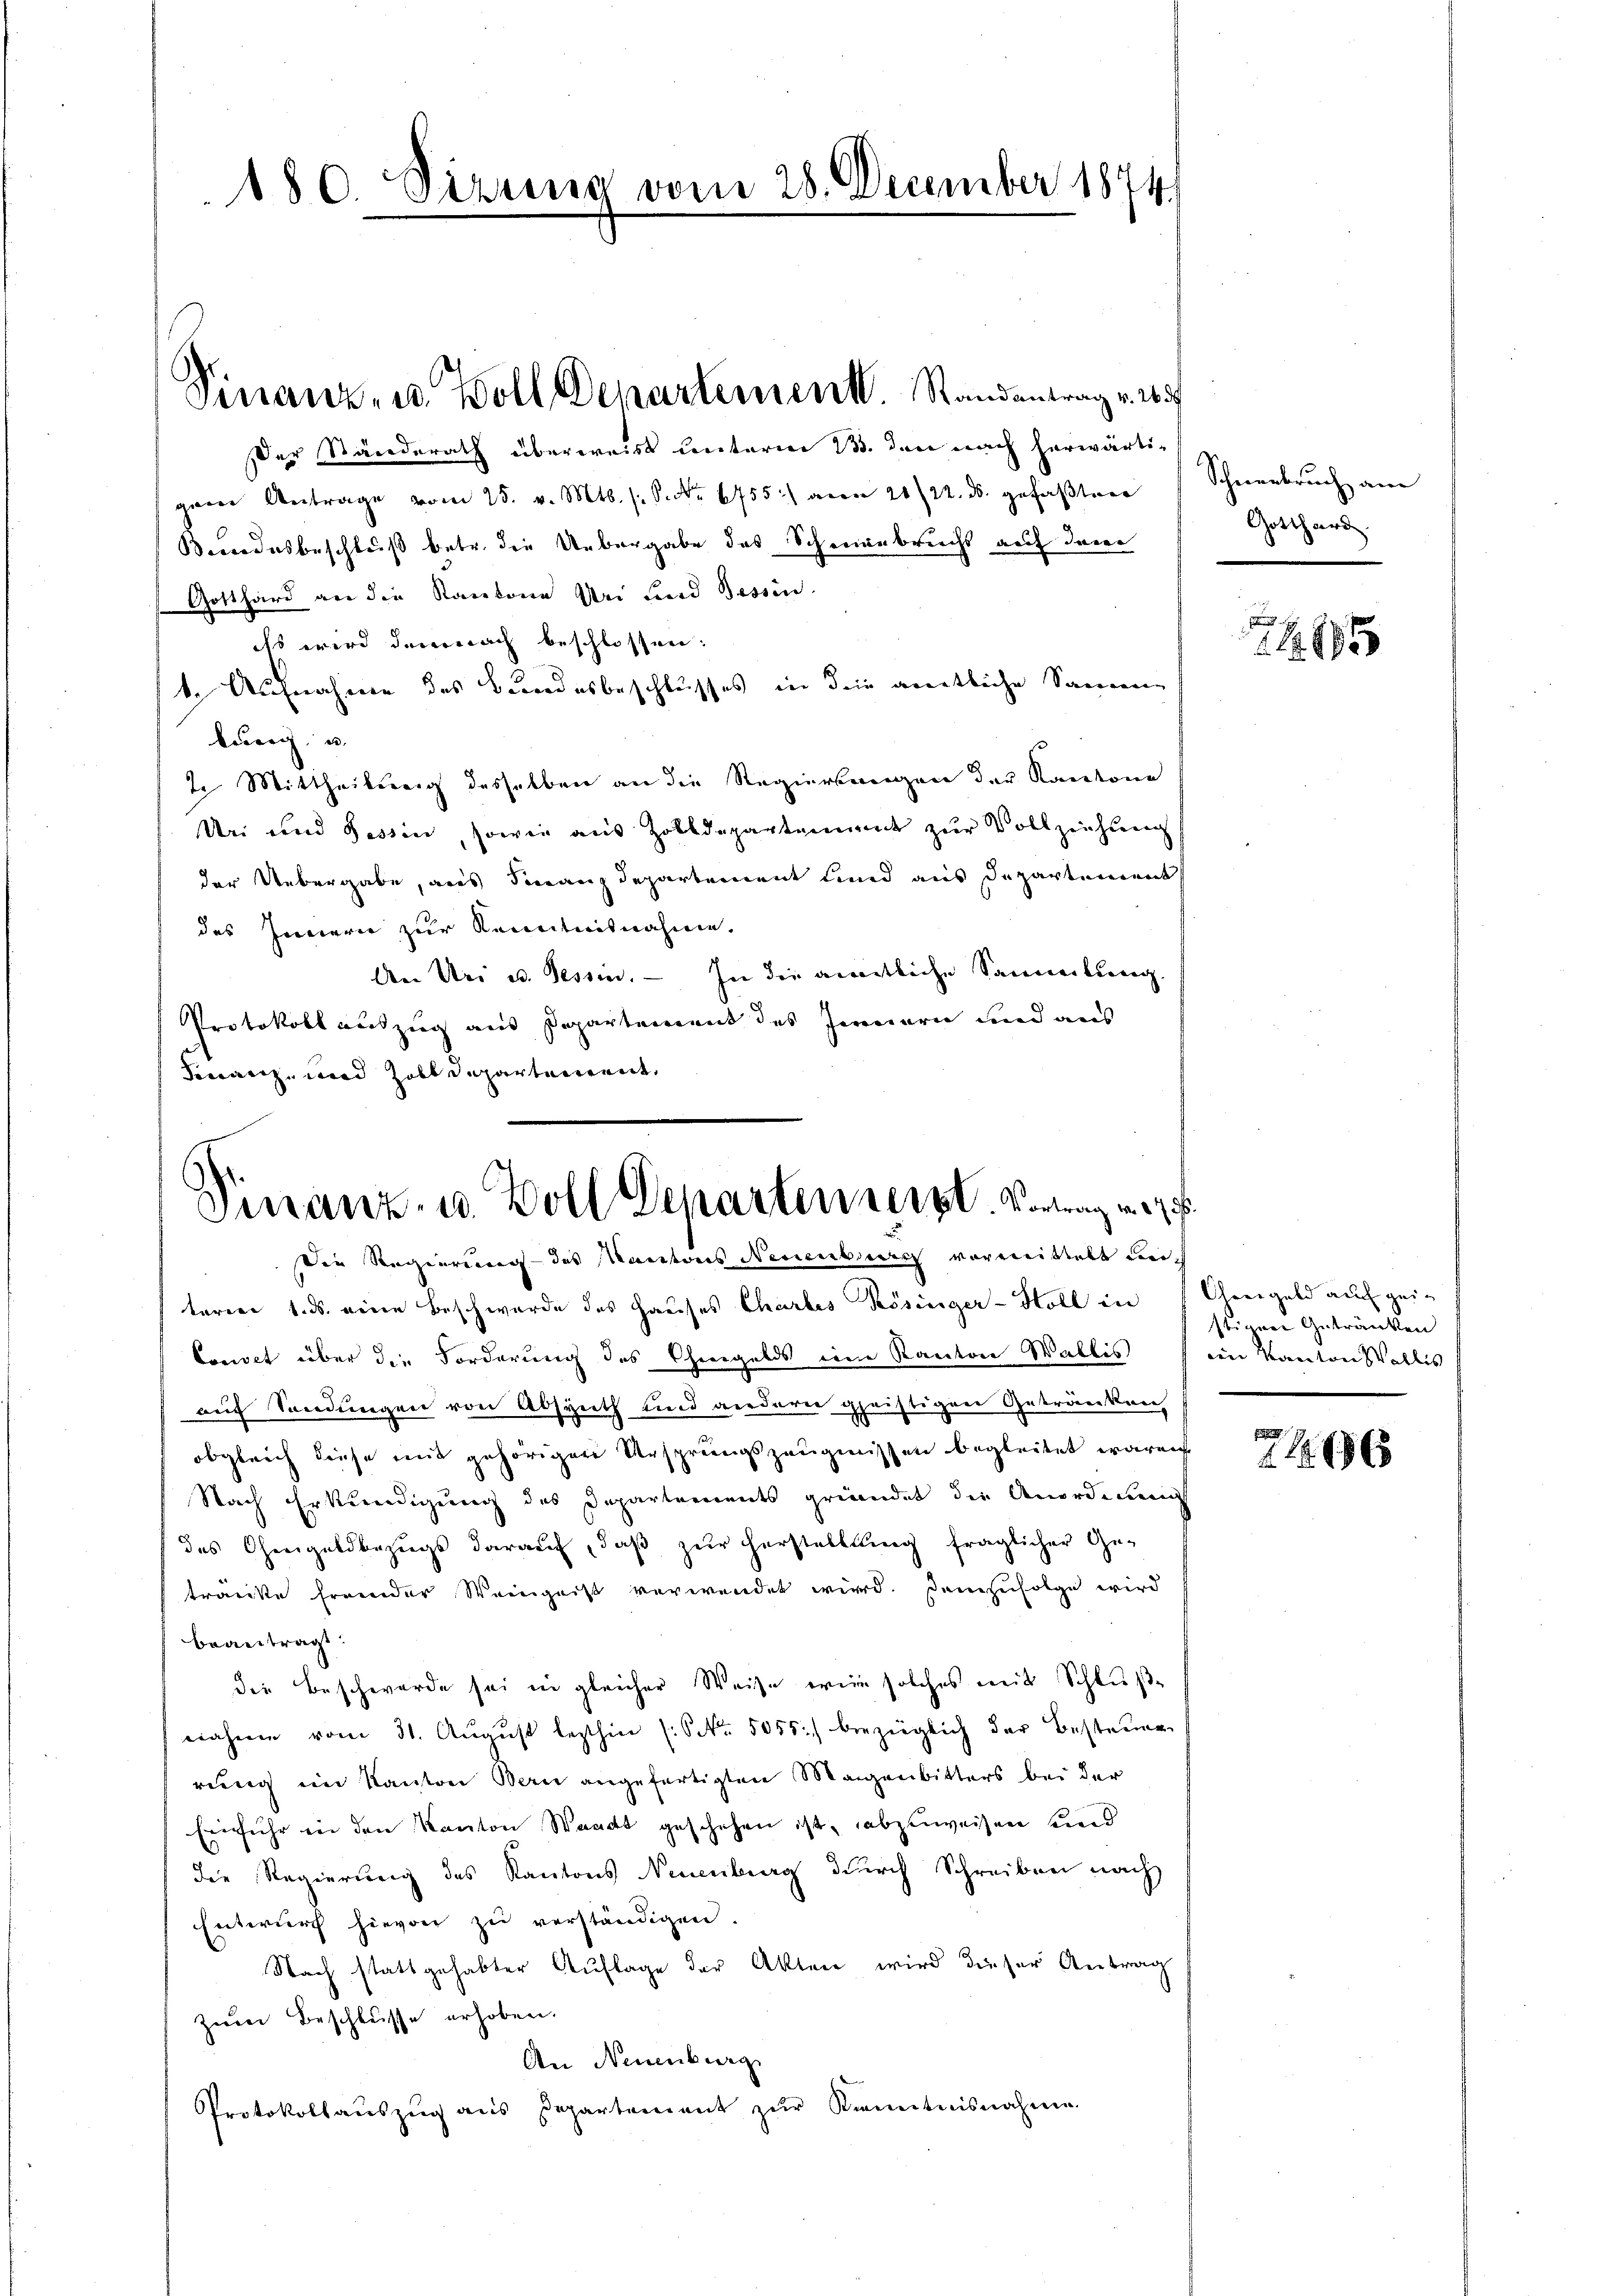
180. Sizung vom 28. December 1874.

Finanz- u. Boll Departement. Randantrag v. 265

Der Standerath überweiss unterm 13. den nach herwärtigem Antrage vom 25. v. Mts. s. S. 6755) an 21/22. ds. gefaβtner Schneebrŭch an
Brodesbeschluß betr. die Uebergabe das Scheinbrecht auf den
Gotthard an die Kantone bei Land Bessen.
es wird demnach beschlossen:
1. Aufnahme des Bundesbeschlusses in dein amtliche Samme
burg, u.
2. Mittheilung desselben an die Regierungen der Kantone
Uri und Tessin, sowie aus Zolldepartement zur Vollziehung
der Uebergabe, aus Finanzdepartement und aus Departement
des Innern zur Kenntnisnahme.
An Uri u. Tessin. — In die amtliche Sammenkung.
Protokoll auszug aus Departement des Jennern und aus
Siwarz, wird habt Departement,

Vinanz- u. Zoll Departen reist. Vortrag v. 27
Die Regierung des Kantons Neuenbuch vormittelt nich

teren 1. ds. eine Beschwerde des Hauses Charbes Kösinger-Holl in Chargeld auch gei-
Convet über die Forderung des Chmgelds ein Kanton Wallis (ein Kanton Wallis
auf Sendungen von Abspith und anderer geistigen Getränken
obgleich diese mit gehörigen Ursprungszeugnissen begleitet waren
Nach Erkundigung des Departements gründet die Anordnung
des Chengaldbezugs darauf, daß zur Herstelllung fraglicher Ge-
tränkte fremder Weingeist verwendet wird. Demzufolge wird
beantragt.
die Beschwerde sei in gleicher Weise, wie solches mit Schluße
nahme vom 31. August lezthin (S NNo. 5055) bezüglich der Besteine
rung im Kanton Bern angefertigten Magenbitters bei der
Einfuhr in den Kanton Waadt geschehen ist, abzuweisen und
die Regierung des Kantons Neuenburg durch Schreiben nach
Entwurf hievon zu verständigen.
Nach stattgehabter Auflage der Akten wird dieser Antrag
zum Beschlusse erhoben.
An Neuenburg
Protokollauszug aus Departement zŭr Kenntnisnahme

Gotthard

1 1895

stigen Getränken

1 x